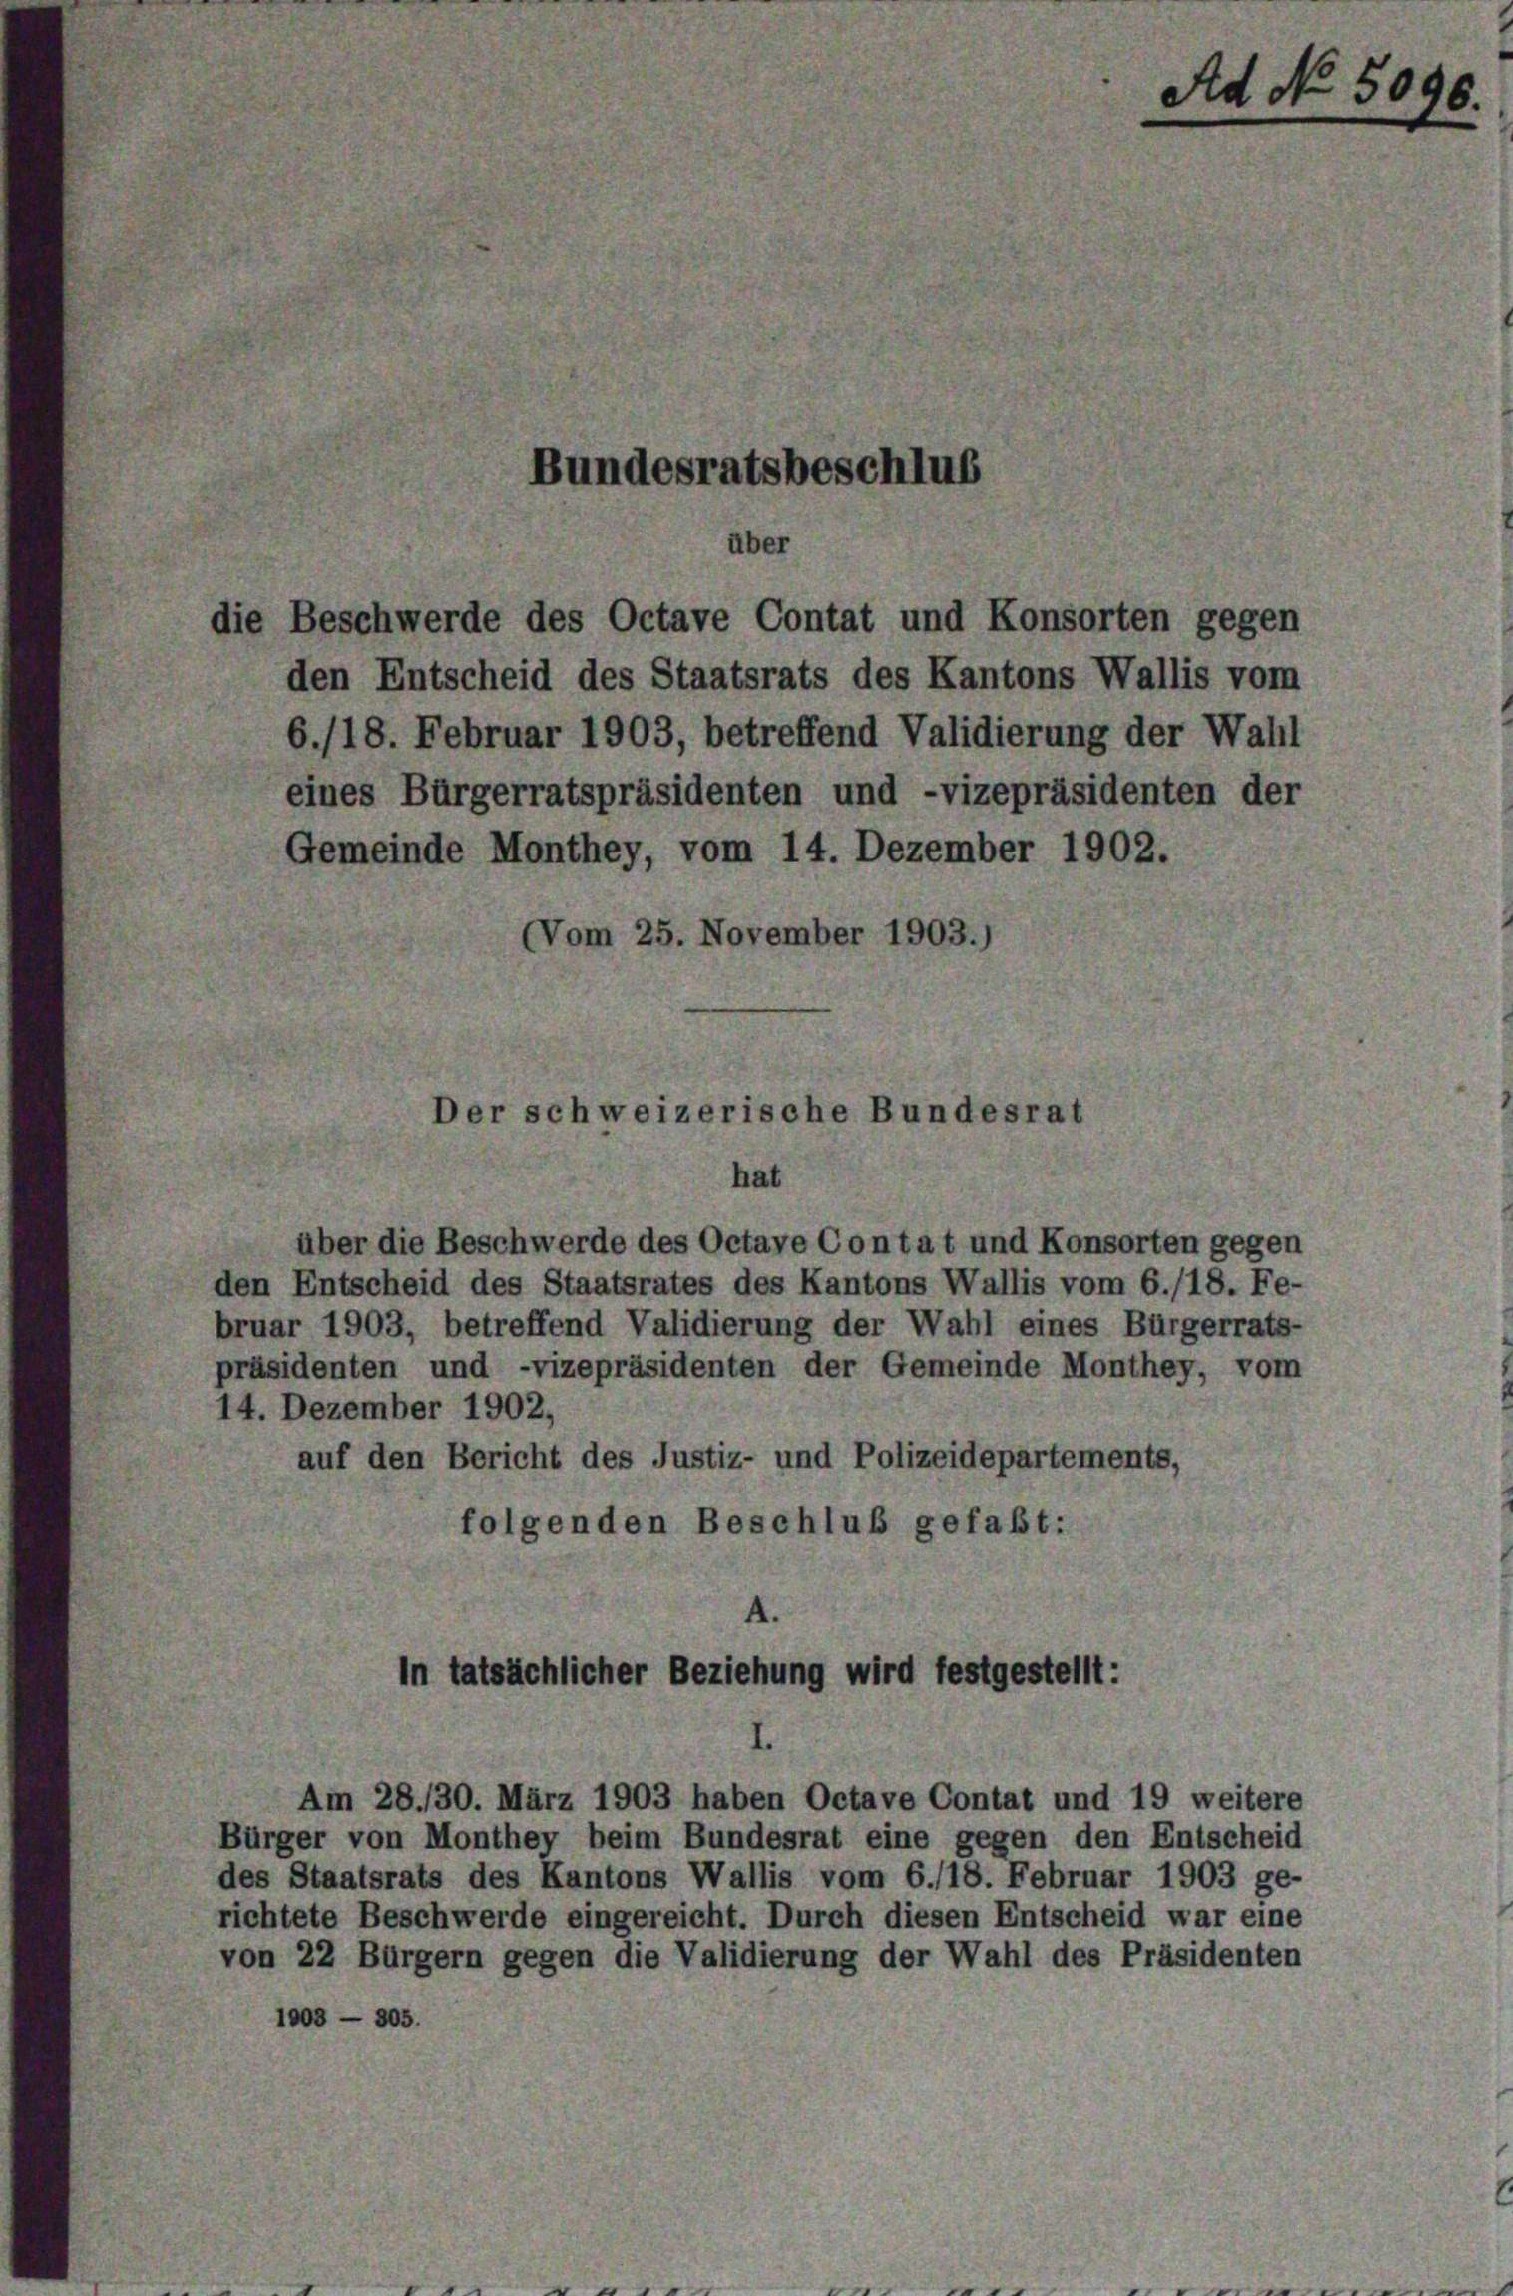
(Vom 25. November 1903.)

Bundesratsbeschlus

über
die Beschwerde des Octave Contat und Konsorten gegen

den Entscheid des Staatsrats des Kantons Wallis vom
6./18. Februar 1903, betreffend Validierung der Wahl
eines Bürgerratspräsidenten und -vizepräsidenten der
Gemeinde Monthey, vom 14. Dezember 1902.

Der schweizerische Bundesrat
hat

über die Beschwerde des Octave Contat und Konsorten gegen
den Entscheid des Staatsrates des Kantons Wallis vom 6./18. Fe-
bruar 1903, betreffend Validierung der Wahl eines Bürgerrats-
präsidenten und -vizepräsidenten der Gemeinde Monthey, vom
14. Dezember 1902,
auf den Bericht des Justiz- und Polizeidepartements,
folgenden Beschluß gefaßt:

In tatsächlicher Beziehung wird festgestellt:

Am 28./30. März 1903 haben Octave Contat und 19 weitere
Bürger von Monthey beim Bundesrat eine gegen den Entscheid
des Staatsrats des Kantons Wallis vom 6./18. Februar 1903 ge-
richtete Beschwerde eingereicht. Durch diesen Entscheid war eine
von 22 Bürgern gegen die Validierung der Wahl des Präsidenten
1003 — 305.

Ad No. 5096.